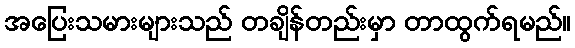
အပြေးသမားများသည် တချိန်တည်းမှာ တာထွက်ရမည်။